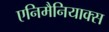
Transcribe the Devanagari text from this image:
एनिमैनियाक्स